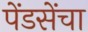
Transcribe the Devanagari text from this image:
पेंडसेंचा